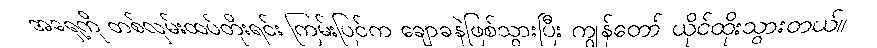
အရှေ့ကို တစ်လှမ်းထပ်တိုးရင်း ကြမ်းပြင်က ချောခနဲဖြစ်သွားပြီး ကျွန်တော် ယိုင်ထိုးသွားတယ်။